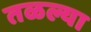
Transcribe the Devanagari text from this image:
तळल्या